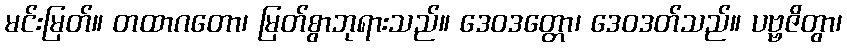
မင်းမြတ်။ တထာဂတော၊ မြတ်စွာဘုရားသည်။ ဒေဝဒတ္တော၊ ဒေဝဒတ်သည်။ ပဗ္ဗဇိတွာ၊